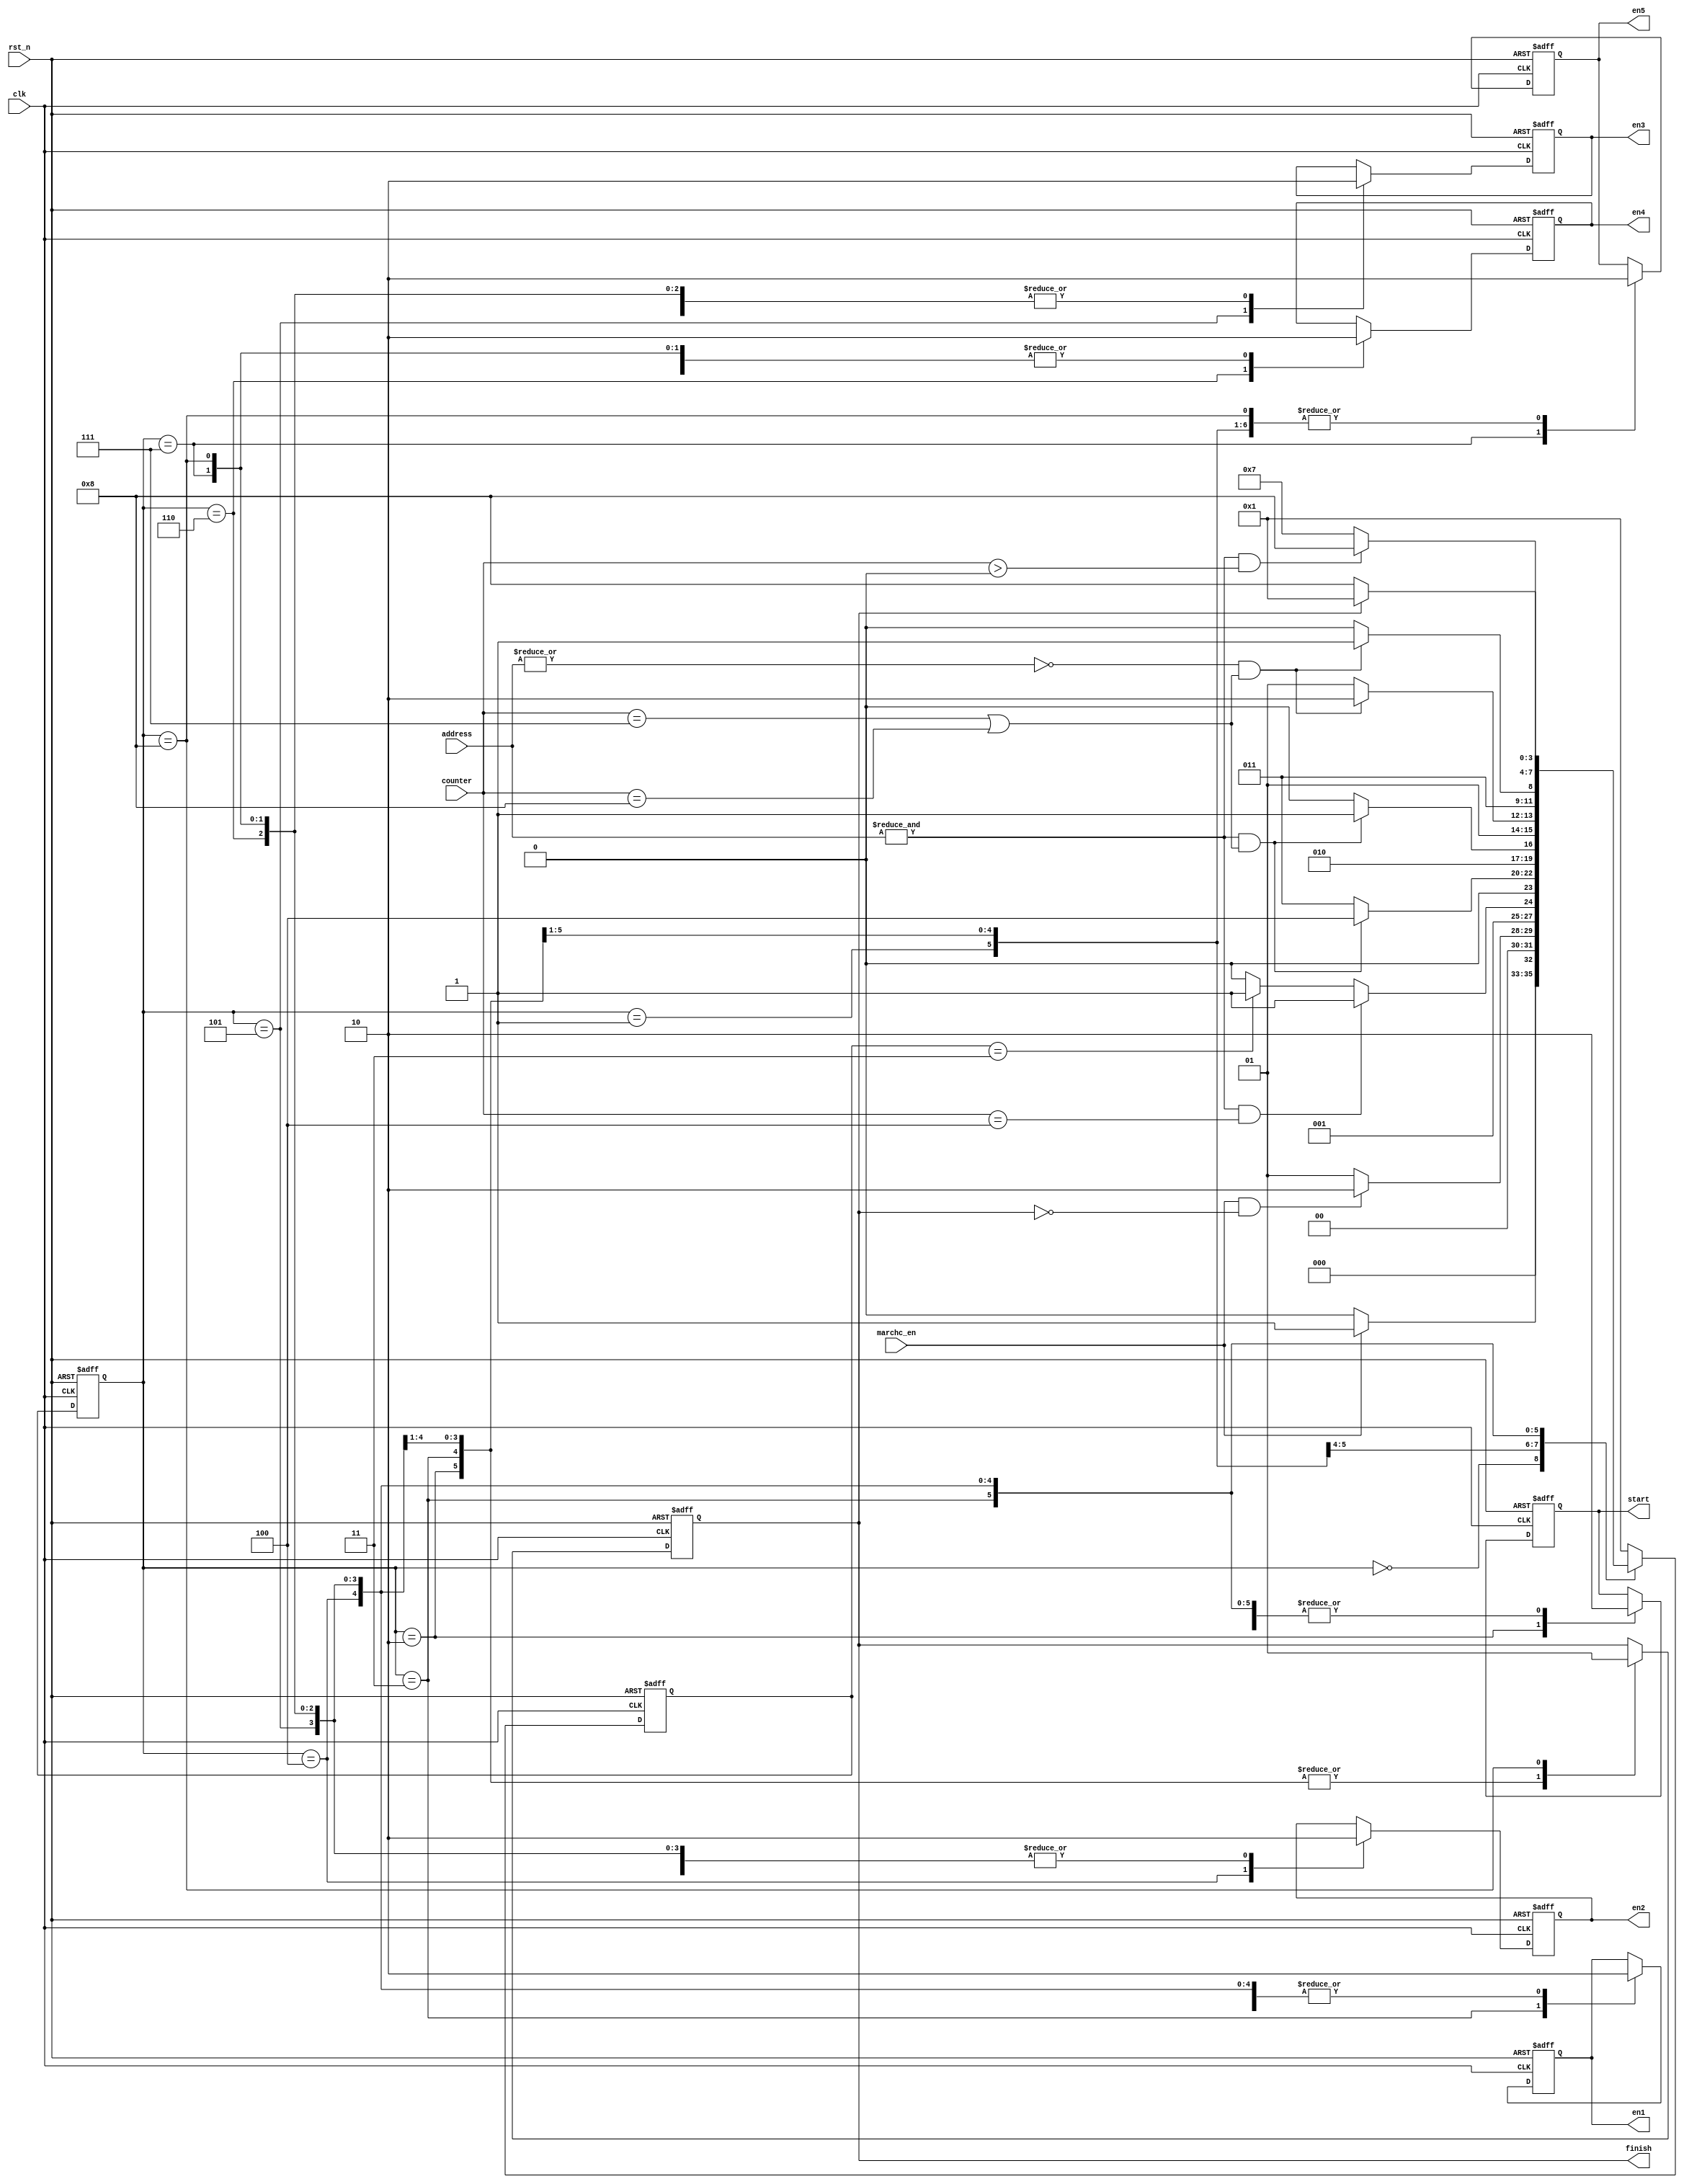
module marchc_controller (clk, rst_n, marchc_en, address,counter,
               start,
               en1,
               en2,
               en3,
               en4,
               en5,
               finish);


//DEFINE PARAMETER
parameter ADDR_WIDTH = 16;

input clk;
input rst_n;
input marchc_en;
input [ADDR_WIDTH-1:0] address;
input [3:0] counter; 

output start;
output en1;
output en2;
output en3;
output en4;
output en5;
output finish;

parameter RESET = 4'b0000;
parameter INITIAL = 4'b0001;
parameter MARCHC_0 = 4'b0010;
parameter MARCHC_1 = 4'b0011;
parameter MARCHC_2 = 4'b0100;
parameter MARCHC_3 = 4'b0101;
parameter MARCHC_4 = 4'b0110;
parameter MARCHC_5 = 4'b0111;
parameter FINISH = 4'b1000;

wire clk;
wire rst_n;
wire marchc_en;
wire [ADDR_WIDTH-1:0] address;
wire [3:0] counter;

reg start, en1, en2, en3, en4, en5, finish;
reg [3:0] marchc_state;
reg [3:0] next_marchc;

//MARCHC STATE MACHINE TO CONTROL
always@(posedge clk or negedge rst_n) begin
    if (!rst_n) begin
        marchc_state <= RESET;
    end
    else begin
        marchc_state <= next_marchc;
    end
end

//MARCHC STATE MACHINE
always @(posedge clk or negedge rst_n) begin
    if (!rst_n) begin
        next_marchc <= RESET;
    end
    else begin
        case (marchc_state)

        RESET: begin
            if (marchc_en) begin
                next_marchc <= INITIAL;
            end
            else begin
                next_marchc <= RESET;
            end
        end

        INITIAL: begin
            if (marchc_en & (~finish)) begin
                next_marchc <= MARCHC_0;
            end
            else begin
                next_marchc <= INITIAL;
            end
        end

        MARCHC_0: begin
            if ((&address)& (counter == 4'b0100)) begin    // enable at FFh at cc 4th & 5th
                next_marchc <= MARCHC_1;        
            end
            else begin
                if (next_marchc == MARCHC_1) begin
                    next_marchc <= MARCHC_1;
                end
                else begin    
                    next_marchc <= MARCHC_0;
                end
	           end
        end
      
        MARCHC_1: begin
            if ((&address) & ((counter == 4'b0111) | (counter == 4'b1000))) begin    // enable at FFh at cc 4th & 5th
                next_marchc <= MARCHC_2;
            end
            else begin
                next_marchc <= MARCHC_1;
            end
        end
      
        MARCHC_2: begin
            if ((&address) & ((counter == 4'b0111) | (counter == 4'b1000))) begin    // enable at FFh at cc 4th & 5th
                next_marchc <= MARCHC_3;
            end
            else begin
                next_marchc <= MARCHC_2;
            end
         end
      
        MARCHC_3: begin
            if ((~|address) & ((counter == 4'b0111) | (counter == 4'b1000))) begin    // enable at 00h at cc 4th & 5th
                next_marchc <= MARCHC_4;
            end
            else begin
                next_marchc <= MARCHC_3;
            end
        end
    
        MARCHC_4: begin
            if ((~|address) & ((counter == 4'b0111) | (counter == 4'b1000))) begin    // enable at 00h at cc 4th & 5th
                next_marchc <= MARCHC_5;
            end
            else begin 
                next_marchc <= MARCHC_4;
            end
        end
      
        MARCHC_5: begin
            if ((&address) & (counter > 4'b0000)) begin    // enable at FFh at cc 2nd & 3rd
                next_marchc <= FINISH;
            end
            else begin 
                next_marchc <= MARCHC_5;
            end
        end
    	
        FINISH: begin
            if (finish) begin
                 next_marchc <= INITIAL;
	          end
	          else begin
	               next_marchc <= FINISH;
	          end
        end

        default: begin
            next_marchc <= INITIAL;
        end
        endcase
    end
end

//MARCHC STATE MACHINE OUT
always @(posedge clk or negedge rst_n) begin
    if (!rst_n) begin
        start <= 1'b0;
        en1 <= 1'b0;
        en2 <= 1'b0;
   	    en3 <= 1'b0;
   	    en4 <= 1'b0;
   	    en5 <= 1'b0;
   	    finish <= 1'b0;
    end
    else begin
    case (marchc_state)
  	
    INITIAL: begin
        start <= 1'b0;
        en1 <= 1'b0;
        en2 <= 1'b0;
   	    en3 <= 1'b0;
   	    en4 <= 1'b0;
   	    en5 <= 1'b0;
   	   // finish <= 1'b0;
    end

    MARCHC_0: begin
        start <= 1'b1;
        en1 <= 1'b0;
        en2 <= 1'b0;
   	    en3 <= 1'b0;
   	    en4 <= 1'b0;
   	    en5 <= 1'b0;
   	    finish <= 1'b0;
    end
  	
    MARCHC_1: begin
        start <= 1'b0;
        en1 <= 1'b1;
        en2 <= 1'b0;
   	    en3 <= 1'b0;
   	    en4 <= 1'b0;
   	    en5 <= 1'b0;
   	    finish <= 1'b0;
    end
  	
    MARCHC_2: begin
        start <= 1'b0;
        en1 <= 1'b0;
        en2 <= 1'b1;
   	    en3 <= 1'b0;
   	    en4 <= 1'b0;
   	    en5 <= 1'b0;
   	    finish <= 1'b0;
    end
  	
    MARCHC_3: begin
        start <= 1'b0;
        en1 <= 1'b0;
        en2 <= 1'b0;
   	    en3 <= 1'b1;
   	    en4 <= 1'b0;
   	    en5 <= 1'b0;
   	    finish <= 1'b0;
 	   end
  	
    MARCHC_4: begin
        start <= 1'b0;
        en1 <= 1'b0;
        en2 <= 1'b0;
   	    en3 <= 1'b0;
   	    en4 <= 1'b1;
   	    en5 <= 1'b0;
   	    finish <= 1'b0;
    end
  	
    MARCHC_5: begin
        start <= 1'b0;
        en1 <= 1'b0;
        en2 <= 1'b0;
   	    en3 <= 1'b0;
   	    en4 <= 1'b0;
   	    en5 <= 1'b1;
   	    finish <= 1'b0;
    end
  	
    FINISH: begin
        start <= 1'b0;
        en1 <= 1'b0;
        en2 <= 1'b0;
   	    en3 <= 1'b0;
   	    en4 <= 1'b0;
   	    en5 <= 1'b0;
   	    finish <= 1'b1;
    end
  	
    endcase
    end
end

endmodule